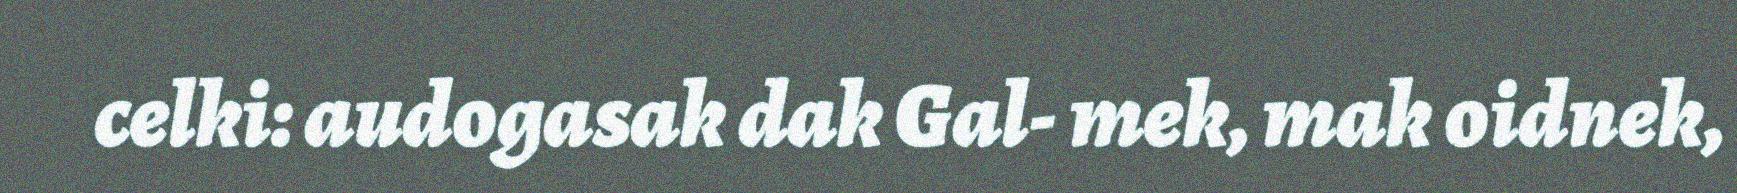
celki: audogasak dak Gal- mek, mak oidnek,